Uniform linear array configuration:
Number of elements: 12
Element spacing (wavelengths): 0.25
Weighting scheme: blackman
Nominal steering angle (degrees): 15
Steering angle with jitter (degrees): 14.385
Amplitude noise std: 0.05
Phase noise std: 0.05

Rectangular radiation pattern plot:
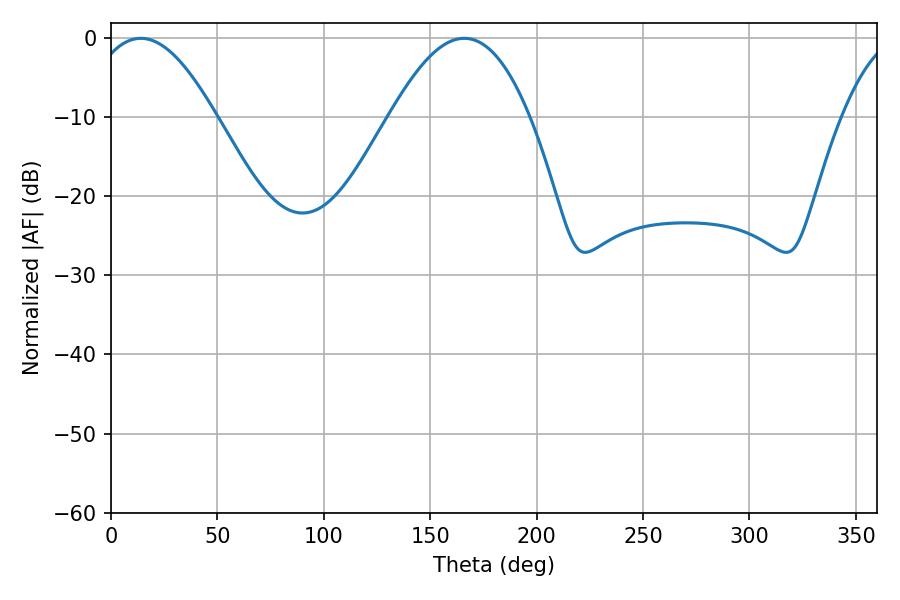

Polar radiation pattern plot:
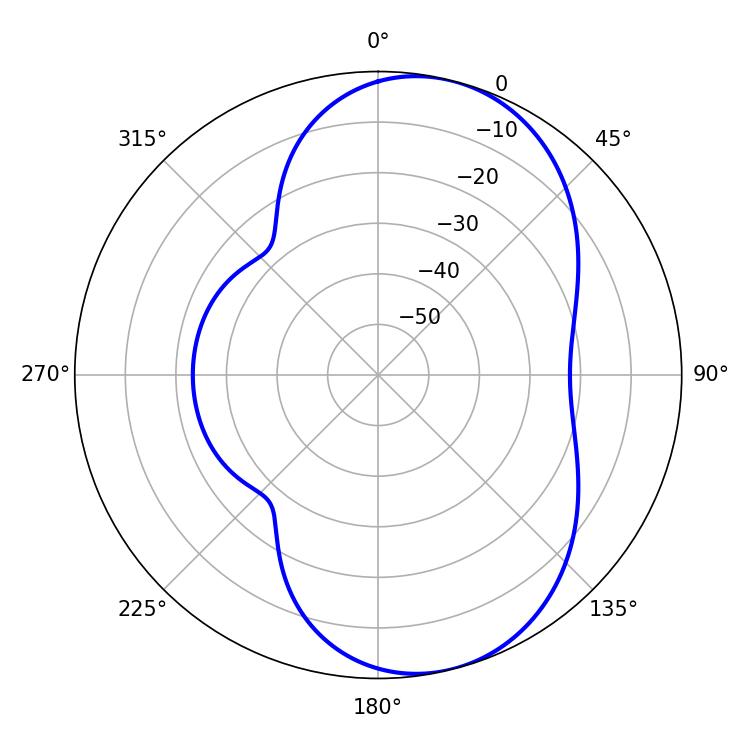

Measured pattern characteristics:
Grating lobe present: FALSE
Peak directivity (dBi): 7.524
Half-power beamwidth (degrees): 32.58
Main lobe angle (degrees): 14.04